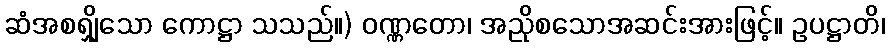
ဆံအစရျှိသော ကောဋ္ဌာ သသည်။) ဝဏ္ဏတော၊ အညိုစသောအဆင်းအားဖြင့်။ ဥပဋ္ဌာတိ၊